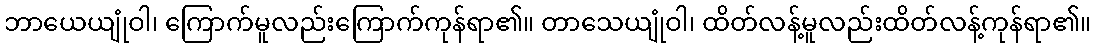
ဘာယေယျုံဝါ၊ ကြောက်မူလည်းကြောက်ကုန်ရာ၏။ တာသေယျုံဝါ၊ ထိတ်လန့်မူလည်းထိတ်လန့်ကုန်ရာ၏။